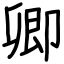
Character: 卿